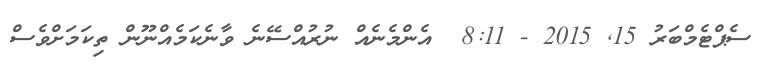
ސެޕްޓެމްބަރު 15